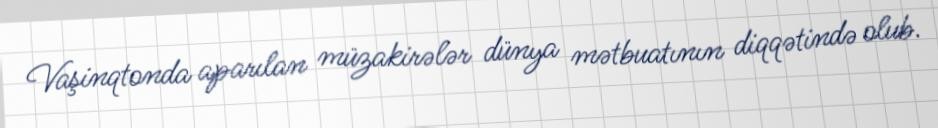
Vaşinqtonda aparılan müzakirələr dünya mətbuatının diqqətində olub.